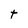
Character: t